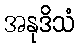
အနုဒိသံ